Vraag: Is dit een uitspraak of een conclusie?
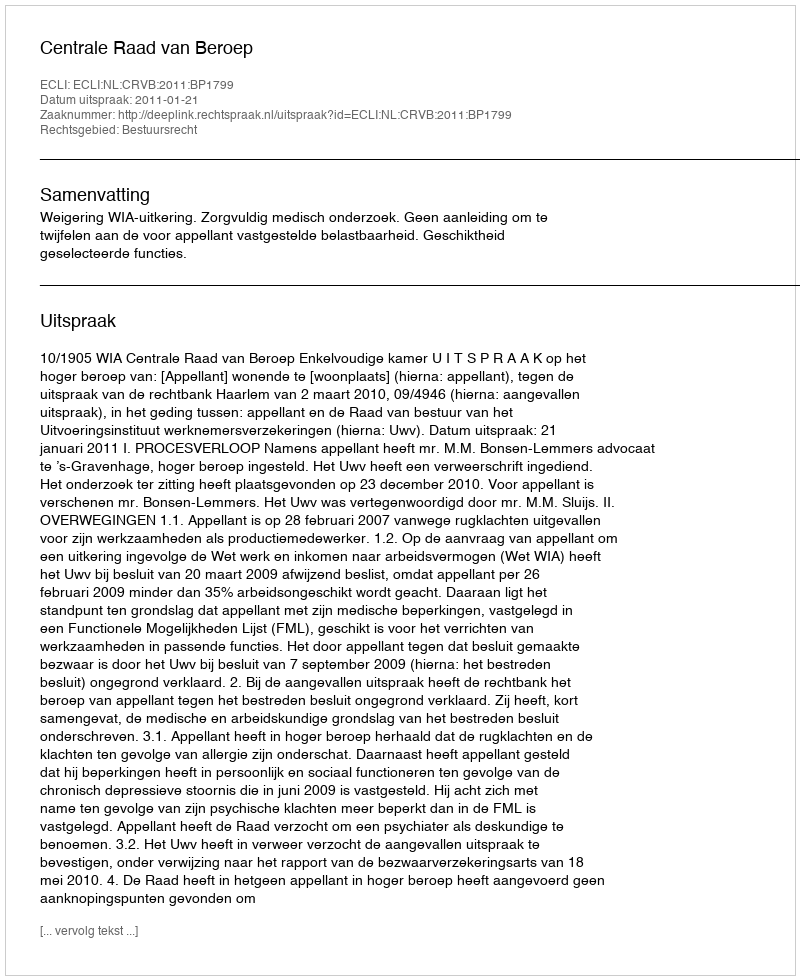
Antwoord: Uitspraak